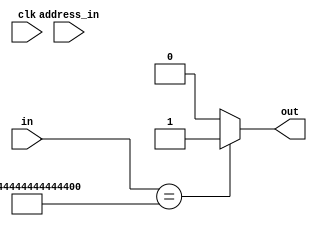
module memory_test(in,clk,address_in,out);
input [63:0] in;
input clk;
input [13:0] address_in;
output out;
assign out =(in[63:0] == 63'h44_44_44_44_44_44_44_44)?1'b1:1'b0;
endmodule